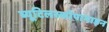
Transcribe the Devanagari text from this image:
ब्यूटिलस्कोपामाइन